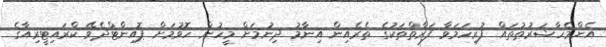
އެންމެހާޝަރުޠުތައް ފުރިހަމަވާ ފަރާތްތަކުގެ ތެރެއިން އިނާމު ދިނުމަށް މީހުން ހޮވުމަށް ޕޮއިންޓްދެވޭ ކްރައިޓީރިއާގެ